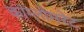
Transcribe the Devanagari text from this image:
कांग्लोमरेट